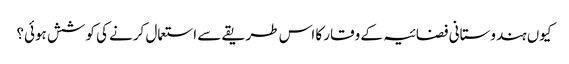
کیوں ہندوستانی فضائیہ کے وقار کا اس طریقے سے استعمال کرنے کی کوشش ہوئی؟